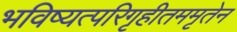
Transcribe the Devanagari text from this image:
भविष्यत्परिगृहीतममृतेन